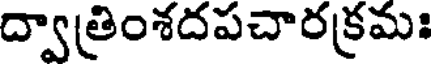
ద్వాత్రింశదపచారక్రమః